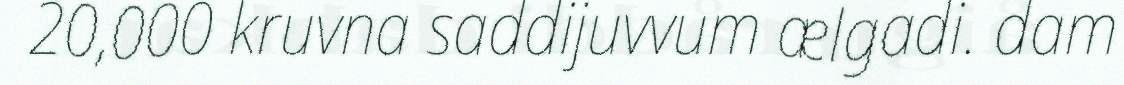
20,000 kruvna saddijuvvum ælgadi. dam